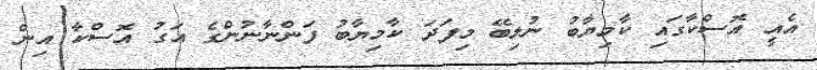
އެއީ އޮސްކާގައި ކާމިޔާބު ނުލިބޭ މިފަދަ ކާމިޔާބު ފަންނާނުންގެ އަގު އޮސްކާ އިން